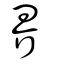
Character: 界